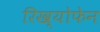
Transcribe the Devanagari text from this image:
रिख्योफेन